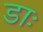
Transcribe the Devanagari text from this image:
डाः